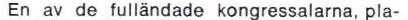
En av de fulländade kongressalarna, pla-